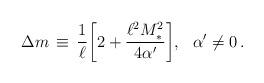
LaTeX: \begin{align*}\Delta m\,\equiv\,\frac{1}{\ell}\bigg[2+\frac{\ell^2 M_*^2}{4\alpha'}\bigg],\,\,\,\,\alpha'\neq 0\,.\end{align*}